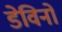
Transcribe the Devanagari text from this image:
डेविनो